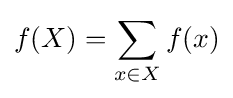
f(X)=\sum _{x\in X}f(x)